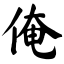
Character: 俺